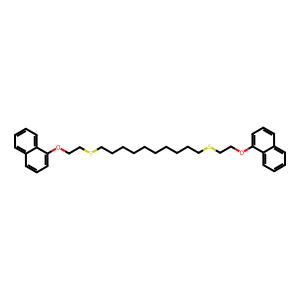
SMILES: c1ccc2c(OCCSCCCCCCCCCCSCCOc3cccc4ccccc34)cccc2c1
Inhibits HIV replication: No